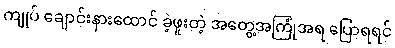
ကျုပ် ချောင်းနားထောင် ခဲ့ဖူးတဲ့ အတွေ့အကြုံအရ ပြောရရင်